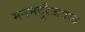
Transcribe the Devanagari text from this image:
मनमदुरैजवळ